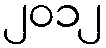
၂၀၁၂